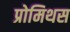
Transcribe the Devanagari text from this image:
प्रोमिथस